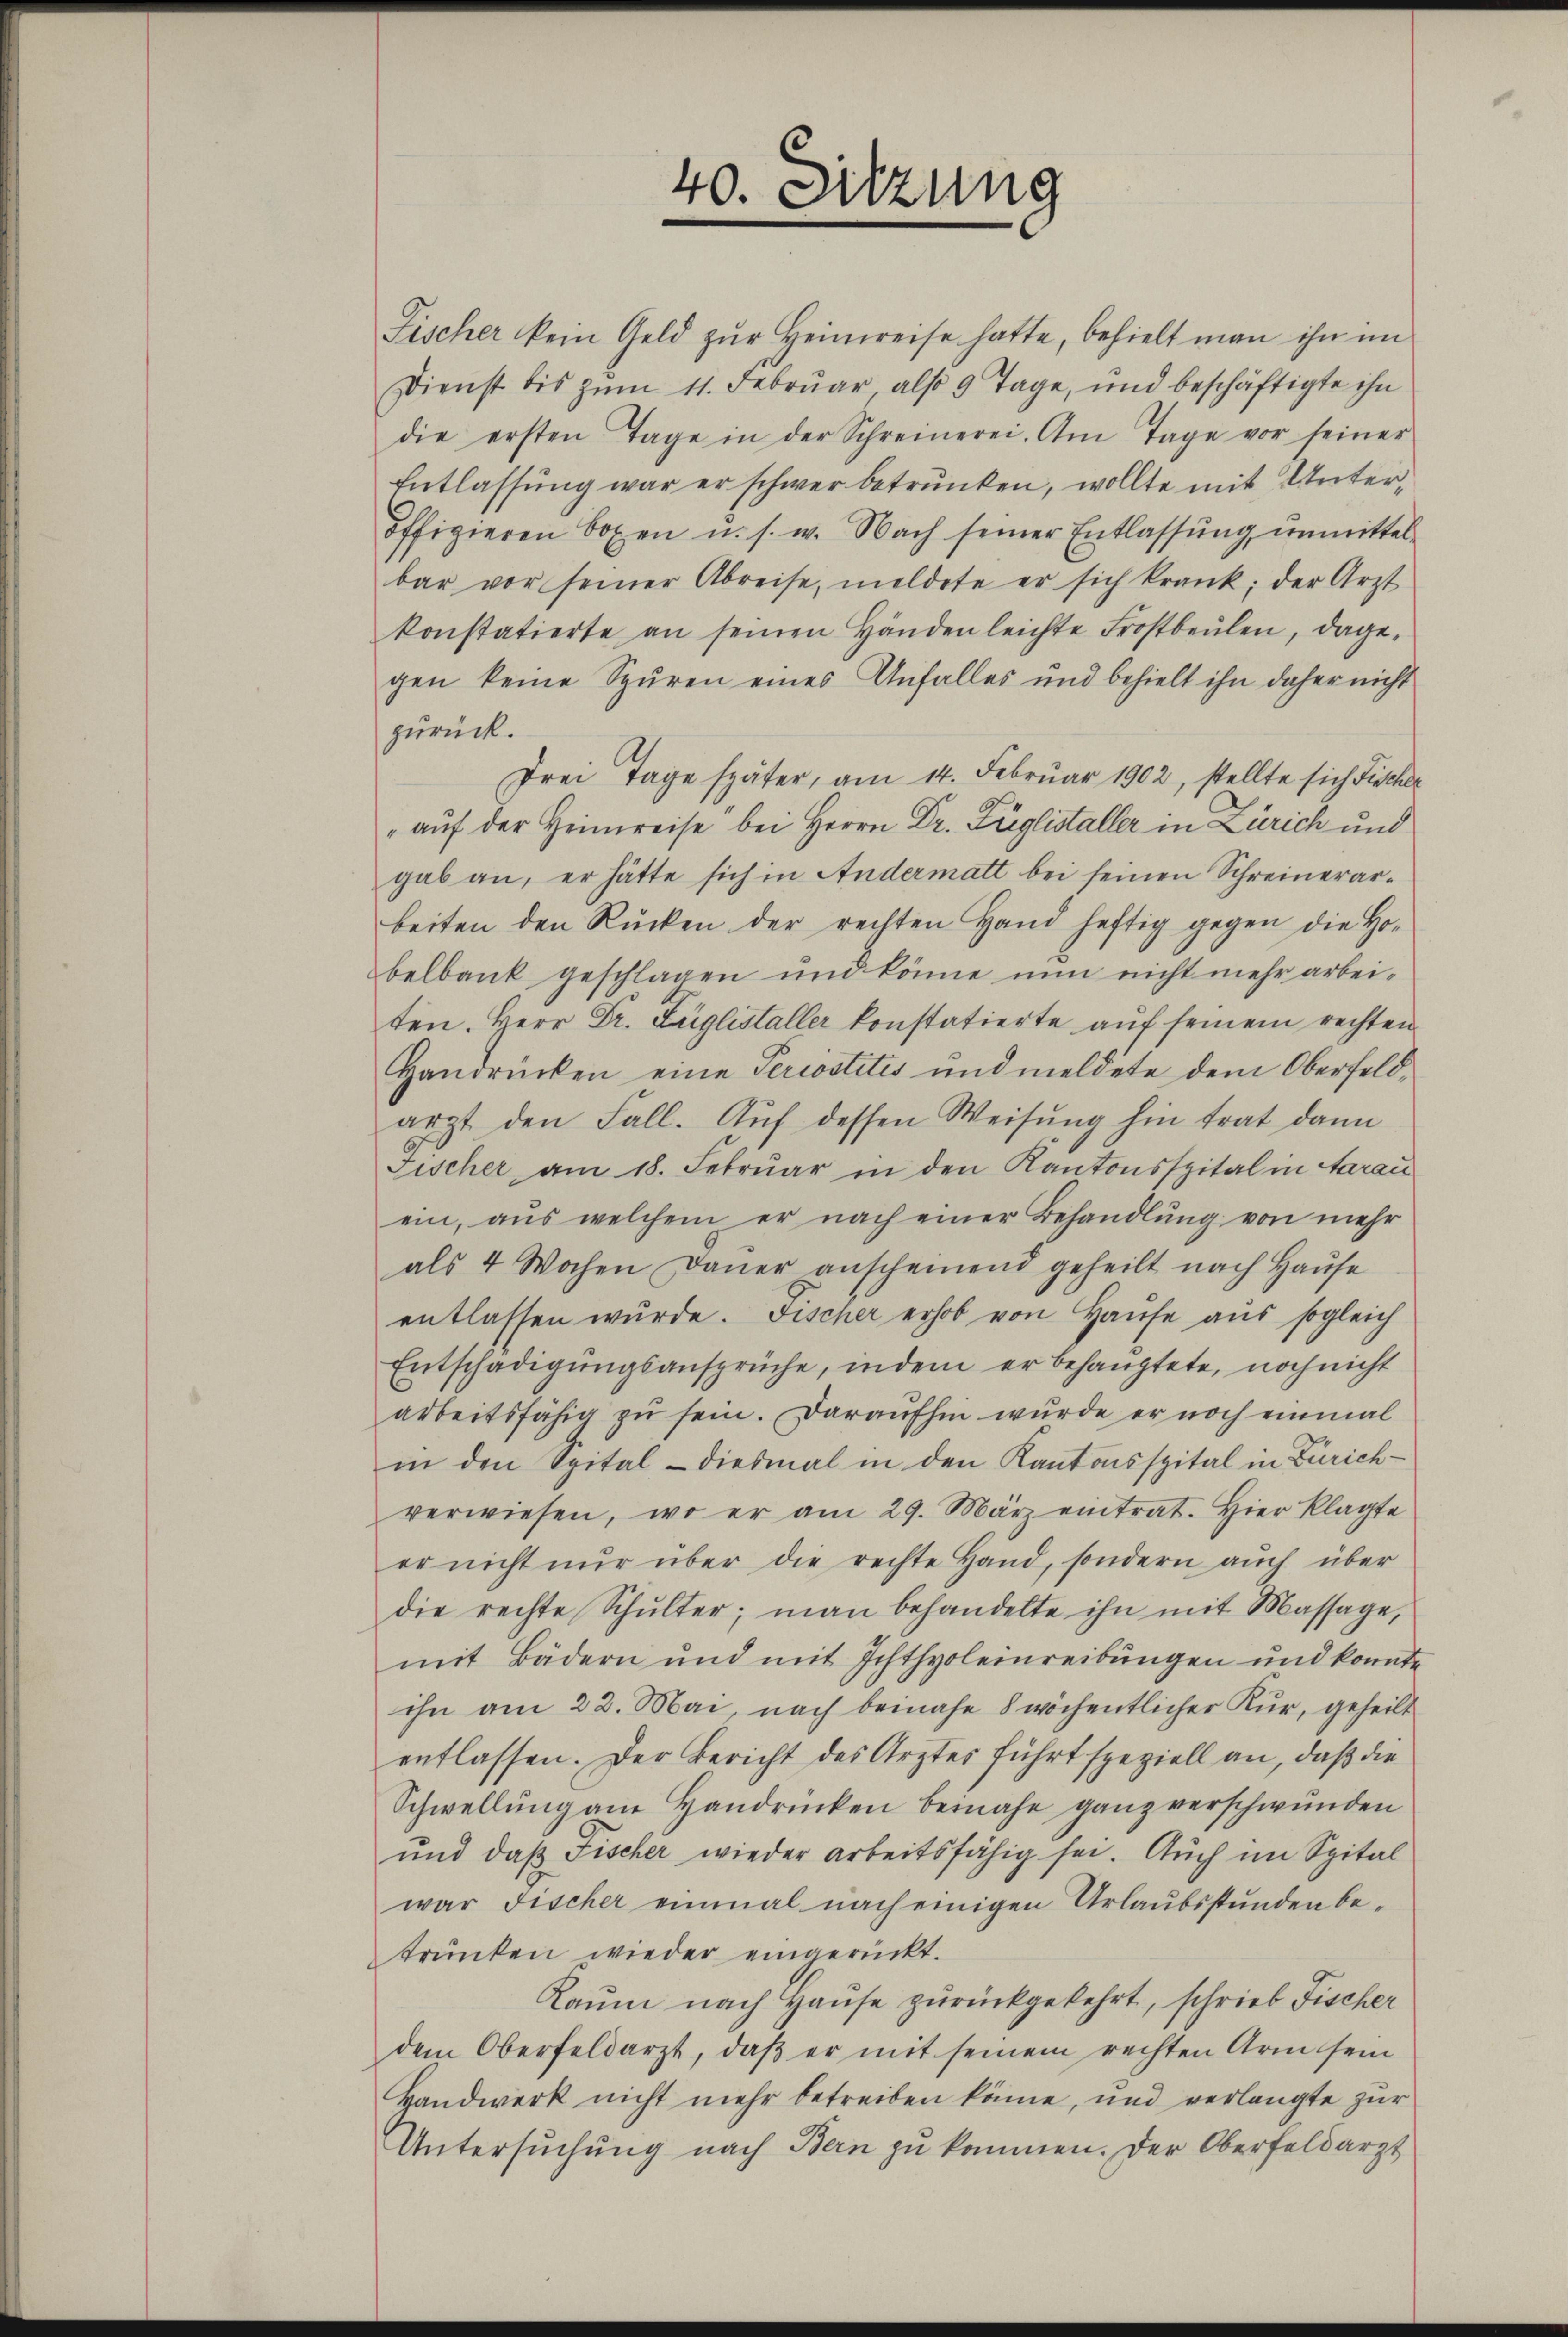
Fischer kein Geld zur Heimreise hatte, behielt man ihn im
Dienst bis zum 11. Februar also 9 Tage, und beschäftigte ihn
die ersten Tage in der Schreinerei. Am Tage vor seiner
Entlassung war er schwer betrunken, wollte mit Unteroffizieren boxen u. s. w. Nach seiner Entlassŭng ŭnmittel-
bar vor seiner Abreise, meldete er sich krank, der Arzt
konstatierte an seinen Händen leichte Frostbeŭlen, dage-
gen keine Spuren eines Unfalles und behielt ihn daher nicht
zurück.
Frei Tage später, am 14. Februar 1902, stellte sich Fischer
aŭf der Heimreise bei Herrn Dr. Füglistaller in Zürich und
gab an, er hätte sich in Andermatt bei seinen Schreinerarbeiten den Rücken der rechten Hand heftig gegen die Ho-
belbank geschlagen und könne nun nicht mehr arbeiten. Herr Dr. Lüglistaller konstatierte auf seinem rechten
Handrücken eine Percostitis und meldete dem Oberfeldarzt den Fall. Auf dessen Weisung hin trat dann
Fischer am 18. Februar in den Kantonsspital in Aarau
ein, aus welchem er nach einer Behandlung von mehr
als 4 Wochen Dauer anscheinend geheilt nach Hause
entlassen wŭrde. Fischer erhob von Haŭse aus sogleich
Entschädigŭngsansprüche, indem er behauptete, noch nicht
arbeitsfähig zu sein. Daraufhin wurde er noch einmal
in den Spital - diesmal in den Kantonsspital in Zürichverwiesen, wo er am 29. März eintrat. Hier klagte
er nicht nur über die rechte Hand, sondern aŭch über
die rechte Schulter; man behandelte ihn mit Massage,
mit Bädern und mit Ichthyoleinreibungen und konnte
ihn am 22. Mai, nach beinahe 8 wöchentlicher Kur, geheilt
entlassen. Der Bericht des Arztes führt speziell an, daß die
Schwellung an Handrücken beinahe ganz verschwunden
und daß Fischer wieder arbeitsfähig sei. Auch im Spital
war Fischer einmal nach einigen Urlaubsstunden betrŭnken wieder eingerückt.
Kaum nach Hause zurückgekehrt, schrieb Fischer
dem Oberfeldarzt, daβ er mit seinem rechten Arm sein
Handwerk nicht mehr betreiben könne, und verlangte zur
Untersŭchŭng nach Bern zŭ kommen. Der Oberfeldarzt

40. Sitzung